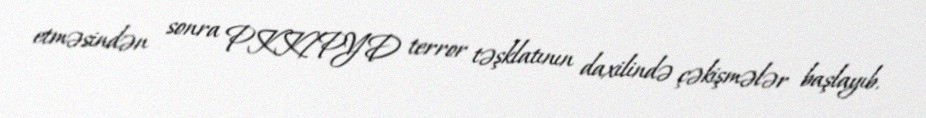
etməsindən sonra PKK/PYD terror təşklatının daxilində çəkişmələr başlayıb.